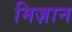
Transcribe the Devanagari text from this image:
मिज़ान